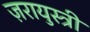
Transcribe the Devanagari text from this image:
ज़रायुस्त्री